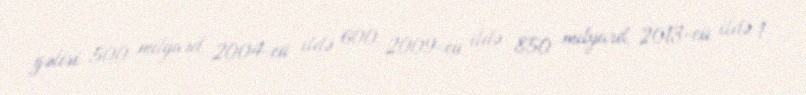
gəliri 500 milyard, 2004-cü ildə 600, 2009-cu ildə 850 milyard, 2013-cü ildə 1